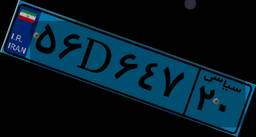
۷۳D۱۸۳۴۶